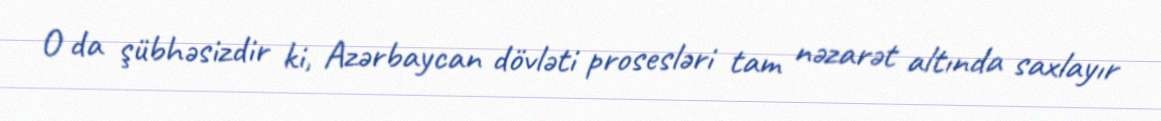
O da şübhəsizdir ki, Azərbaycan dövləti prosesləri tam nəzarət altında saxlayır